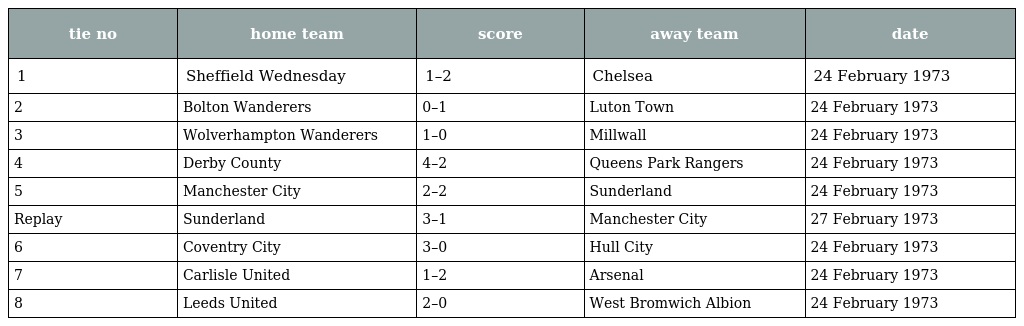
| tie no | home team | score | away team | date |
 | --- | --- | --- | --- | --- |
 | 1 | Sheffield Wednesday | 1–2 | Chelsea | 24 February 1973 |
 | 2 | Bolton Wanderers | 0–1 | Luton Town | 24 February 1973 |
 | 3 | Wolverhampton Wanderers | 1–0 | Millwall | 24 February 1973 |
 | 4 | Derby County | 4–2 | Queens Park Rangers | 24 February 1973 |
 | 5 | Manchester City | 2–2 | Sunderland | 24 February 1973 |
 | Replay | Sunderland | 3–1 | Manchester City | 27 February 1973 |
 | 6 | Coventry City | 3–0 | Hull City | 24 February 1973 |
 | 7 | Carlisle United | 1–2 | Arsenal | 24 February 1973 |
 | 8 | Leeds United | 2–0 | West Bromwich Albion | 24 February 1973 |